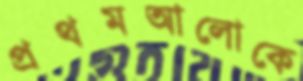
প্রথমআলোকে